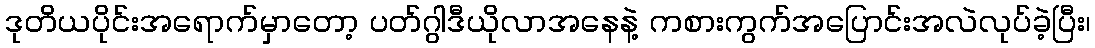
ဒုတိယပိုင်းအရောက်မှာတော့ ပတ်ဂွါဒီယိုလာအနေနဲ့ ကစားကွက်အပြောင်းအလဲလုပ်ခဲ့ပြီး၊